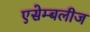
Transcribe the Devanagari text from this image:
एसेम्बलीज